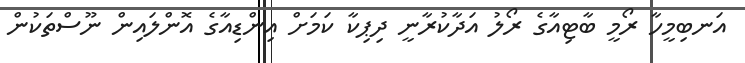
އަނބިމީހާ ރޯމީ ބާޓިއާގެ ރޯލު އަދާކުރާނީ ދިޕިކާ ކަމަށް އިންޑިއާގެ އޮންލައިން ނޫސްތަކުން